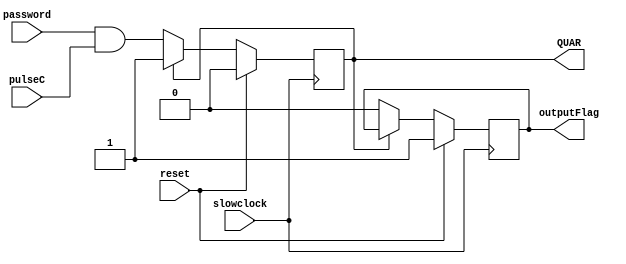
`timescale 1ns / 1ps
//////////////////////////////////////////////////////////////////////////////////
// Company: 
// Engineer: 
// 
// Design Name: 
// Module Name: Subtask_E_startQUAR
// Project Name: 
// Target Devices: 
// Tool Versions: 
// Description: 
// 
// Dependencies: 
// 
// Revision:
// Revision 0.01 - File Created
// Additional Comments:
// 
//////////////////////////////////////////////////////////////////////////////////


module Subtask_E_startQUAR(
    input slowclock, pulseC, password, reset,
    output reg QUAR = 0, 
    output reg outputFlag = 0
    );
    
    always @ (posedge slowclock) begin
        if (reset == 1) 
        begin
            QUAR <= 0;
            outputFlag <= 1;
        end 
        
        else 
        begin
            if (QUAR == 0)
            begin
//                QUAR <= QUAR;
//            end
//            else
//            begin
                QUAR <= (password && pulseC);
                outputFlag <= 0;
            end
        end
    end
endmodule